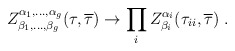
\begin{align*} Z^{\alpha_1,\dots,\alpha_g}_{\beta_1,\dots,\beta_g} (\tau,{\overline{\tau}}) \rightarrow\prod_i Z^{\alpha_i}_{\beta_i} (\tau_{ii},{\overline{\tau}})~.\end{align*}